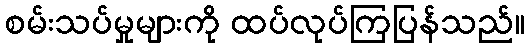
စမ်းသပ်မှုများကို ထပ်လုပ်ကြပြန်သည်။